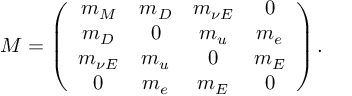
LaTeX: M = \left( \begin{array} { c c c c } { { m _ { M } } } & { { m _ { D } } } & { { m _ { \nu E } } } & { { 0 } } \\ { { m _ { D } } } & { { 0 } } & { { m _ { u } } } & { { m _ { e } } } \\ { { m _ { \nu E } } } & { { m _ { u } } } & { { 0 } } & { { m _ { E } } } \\ { { 0 } } & { { m _ { e } } } & { { m _ { E } } } & { { 0 } } \end{array} \right) .